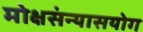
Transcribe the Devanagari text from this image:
मोक्षसंन्यासयोग